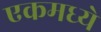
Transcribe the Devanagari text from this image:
एकमध्ये